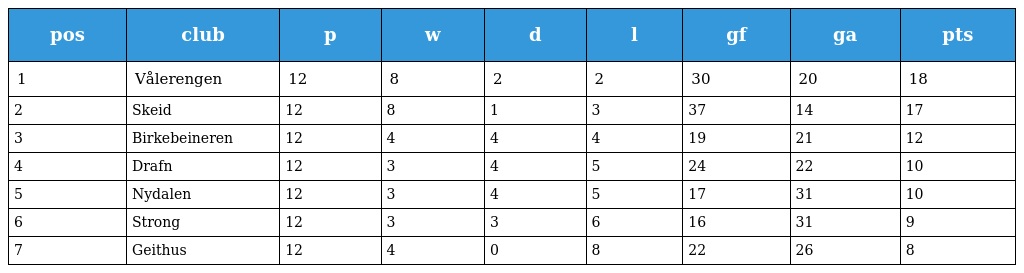
| pos | club | p | w | d | l | gf | ga | pts |
 | --- | --- | --- | --- | --- | --- | --- | --- | --- |
 | 1 | Vålerengen | 12 | 8 | 2 | 2 | 30 | 20 | 18 |
 | 2 | Skeid | 12 | 8 | 1 | 3 | 37 | 14 | 17 |
 | 3 | Birkebeineren | 12 | 4 | 4 | 4 | 19 | 21 | 12 |
 | 4 | Drafn | 12 | 3 | 4 | 5 | 24 | 22 | 10 |
 | 5 | Nydalen | 12 | 3 | 4 | 5 | 17 | 31 | 10 |
 | 6 | Strong | 12 | 3 | 3 | 6 | 16 | 31 | 9 |
 | 7 | Geithus | 12 | 4 | 0 | 8 | 22 | 26 | 8 |